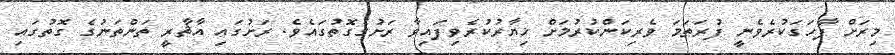
މިރަށް ފާހަގަކުރެވެނީ ފުރަތަމަ ވެރިކަންކުރުމަށް ޚިޔާރުކުރެވިފައިވާ ރަށުގެގޮތުގައެވެ. ރަށުގައި އާޘާރީ ތަންތަނުގެ ގޮތުގައި